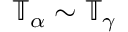
\mathbb { T } _ { \alpha } \sim \mathbb { T } _ { \gamma }